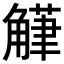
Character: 𮗴